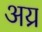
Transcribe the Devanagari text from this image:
अय्र